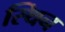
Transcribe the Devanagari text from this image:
स्थिन